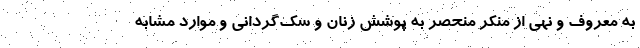
به معروف و نهی از منکر منحصر به پوشش زنان و سک‌گردانی و موارد مشابه